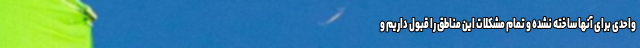
واحدی برای آنها ساخته نشده و تمام مشکلات این مناطق را قبول داریم و